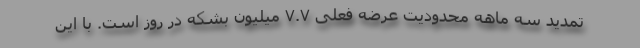
تمدید سه ماهه محدودیت عرضه فعلی ۷.۷ میلیون بشکه در روز است. با این